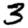
Digit: 3